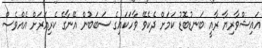
އައިޝްވާރިޔާ ރާއީ ބަނޑުބޮޑު ކަމަށް ދެކެވޭ ވާހަކައިގެ ސަބަބުން އޭނާގެ ކެރިއަރަށް އެއްވެސް